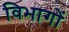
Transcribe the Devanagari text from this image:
विभागों